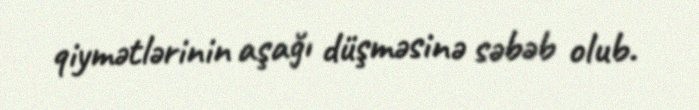
qiymətlərinin aşağı düşməsinə səbəb olub.